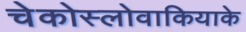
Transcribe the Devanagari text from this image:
चेकोस्लोवाकियाके